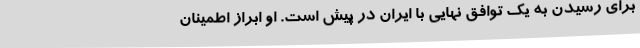
برای رسیدن به یک توافق نهایی با ایران در پیش است. او ابراز اطمینان